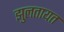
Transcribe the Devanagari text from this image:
झुलतायत